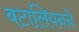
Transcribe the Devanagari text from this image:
बटालियनने